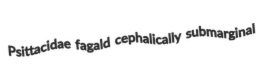
Psittacidae fagald cephalically submarginal